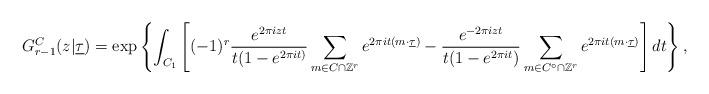
LaTeX: \begin{align*}G_{r-1}^C (z | \underline \tau) = \exp \left \{ \int_{C_1} \left [ (-1)^r \frac{e^{2\pi i z t }}{t ( 1 - e^{2\pi i t )} }\sum_{m\in C\cap\mathbb{Z}^r } e^{2\pi i t (m\cdot \underline \tau) } - \frac{e^{-2\pi i z t }}{t ( 1 - e^{2\pi i t }) }\sum_{m\in C^\circ \cap\mathbb{Z}^r } e^{2\pi i t (m\cdot \underline \tau) } \right ] dt \right \} ,\end{align*}